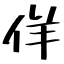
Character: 佯